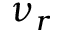
\nu _ { r }